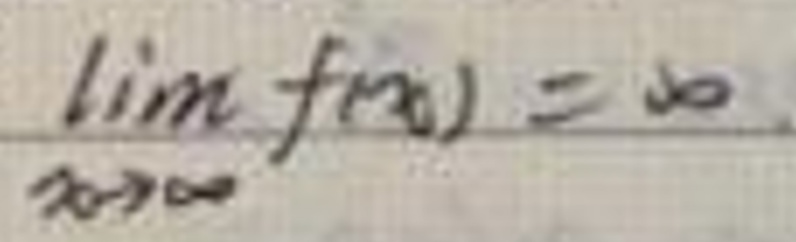
$\lim_{x \to +\infty} f(x) = 0$